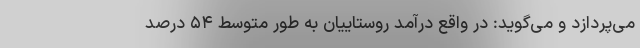
می‌پردازد و می‌گوید: در واقع درآمد روستاییان به طور متوسط ۵۴ درصد